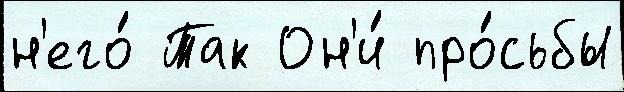
н'его́ Так Он'и́ про́сьбы